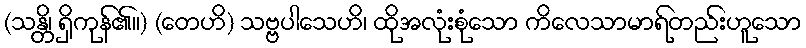
(သန္တိ၊ ရှိကုန်၏။) (တေဟိ) သဗ္ဗပါသေဟိ၊ ထိုအလုံးစုံသော ကိလေသာမာရ်တည်းဟူသော